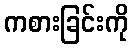
ကစားခြင်းကို